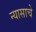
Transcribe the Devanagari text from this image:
न्यासाचे